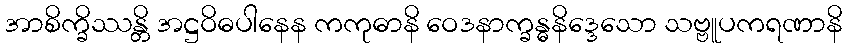
အာစိက္ခိဿန္တိ အဋ္ဌဝိဓပါနေန ကကုဓာနိ ဝေဒနာက္ခန္ဓနိဒ္ဒေသော သဗ္ဗူပကရဏာနိ